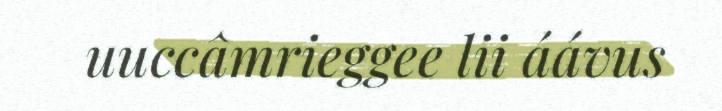
uuccâmrieggee lii áávus